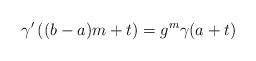
LaTeX: \begin{align*} \gamma'\left((b - a)m + t\right) = g^m\gamma(a + t)\end{align*}